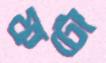
ফটো